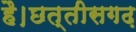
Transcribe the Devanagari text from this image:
है।छत्तीसगढ़